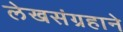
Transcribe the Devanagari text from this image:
लेखसंग्रहाने